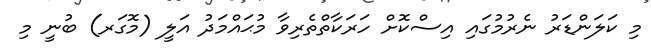
މި ކަލަންޑަރު ނެރުމުގައި އިސްކޮށް ހަރަކާތްތެރިވާ މުޙައްމަދު އަލީ (މޮގަރ) ބުނީ މި